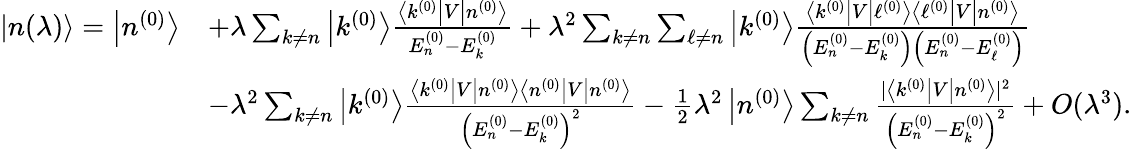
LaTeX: {\begin{array}{rl}{|n(\lambda)\rangle=\left|n^{(0)}\right\rangle}&{+\lambda\sum_{k\neq n}\left|k^{(0)}\right\rangle{\frac{\left\langle k^{(0)}\right|V\left|n^{(0)}\right\rangle}{E_{n}^{(0)}-E_{k}^{(0)}}}+\lambda^{2}\sum_{k\neq n}\sum_{\ell\neq n}\left|k^{(0)}\right\rangle{\frac{\left\langle k^{(0)}\right|V\left|\ell^{(0)}\right\rangle\left\langle\ell^{(0)}\right|V\left|n^{(0)}\right\rangle}{\left(E_{n}^{(0)}-E_{k}^{(0)}\right)\left(E_{n}^{(0)}-E_{\ell}^{(0)}\right)}}}\\ &{-\lambda^{2}\sum_{k\neq n}\left|k^{(0)}\right\rangle{\frac{\left\langle k^{(0)}\right|V\left|n^{(0)}\right\rangle\left\langle n^{(0)}\right|V\left|n^{(0)}\right\rangle}{\left(E_{n}^{(0)}-E_{k}^{(0)}\right)^{2}}}-{\frac{1}{2}}\lambda^{2}\left|n^{(0)}\right\rangle\sum_{k\neq n}{\frac{|\left\langle k^{(0)}\right|V\left|n^{(0)}\right\rangle|^{2}}{\left(E_{n}^{(0)}-E_{k}^{(0)}\right)^{2}}}+O(\lambda^{3}).}\end{array}}